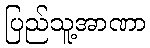
ပြည်သူ့အာဏာ